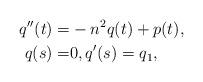
LaTeX: \begin{align*}q''(t)=&-n^2q(t)+p(t),\\q(s)=&0,q'(s)=q_1,\end{align*}